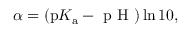
\alpha = ( \mathrm { p } K _ { \mathrm { a } } - \textrm { p H } ) \ln 1 0 ,